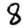
Digit: 8